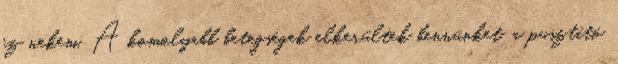
ez nekem. A komolyabb betegségek elkerültek bennünket, a pusztító